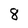
Character: 8